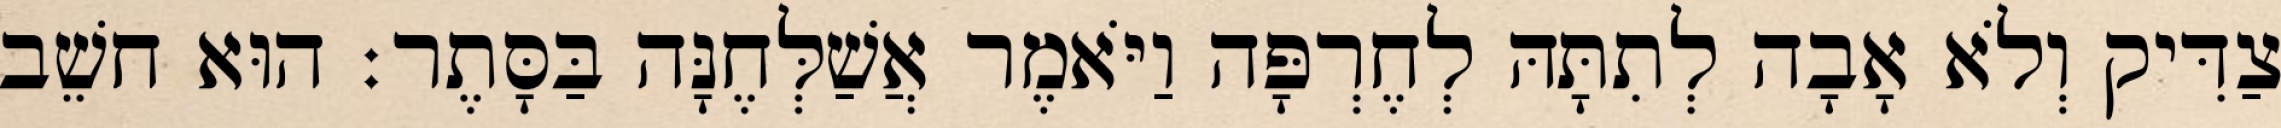
צַדִּיק וְלֹא אָבָה לְתִתָּהּ לְחֶרְפָּה וַיֹּאמֶר אֲשַׁלְּחֶנָּה בַּסָּתֶר׃ הוּא חשֵׁב